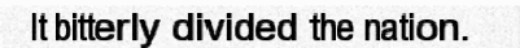
It bitterly divided the nation.